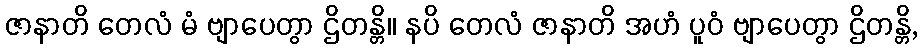
ဇာနာတိ တေလံ မံ ဗျာပေတွာ ဌိတန္တိ။ နပိ တေလံ ဇာနာတိ အဟံ ပူဝံ ဗျာပေတွာ ဌိတန္တိ,